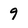
Character: 9